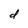
Character: d